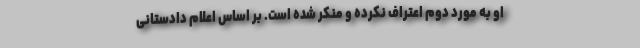
او به مورد دوم اعتراف نکرده و منکر شده است. بر اساس اعلام دادستانی